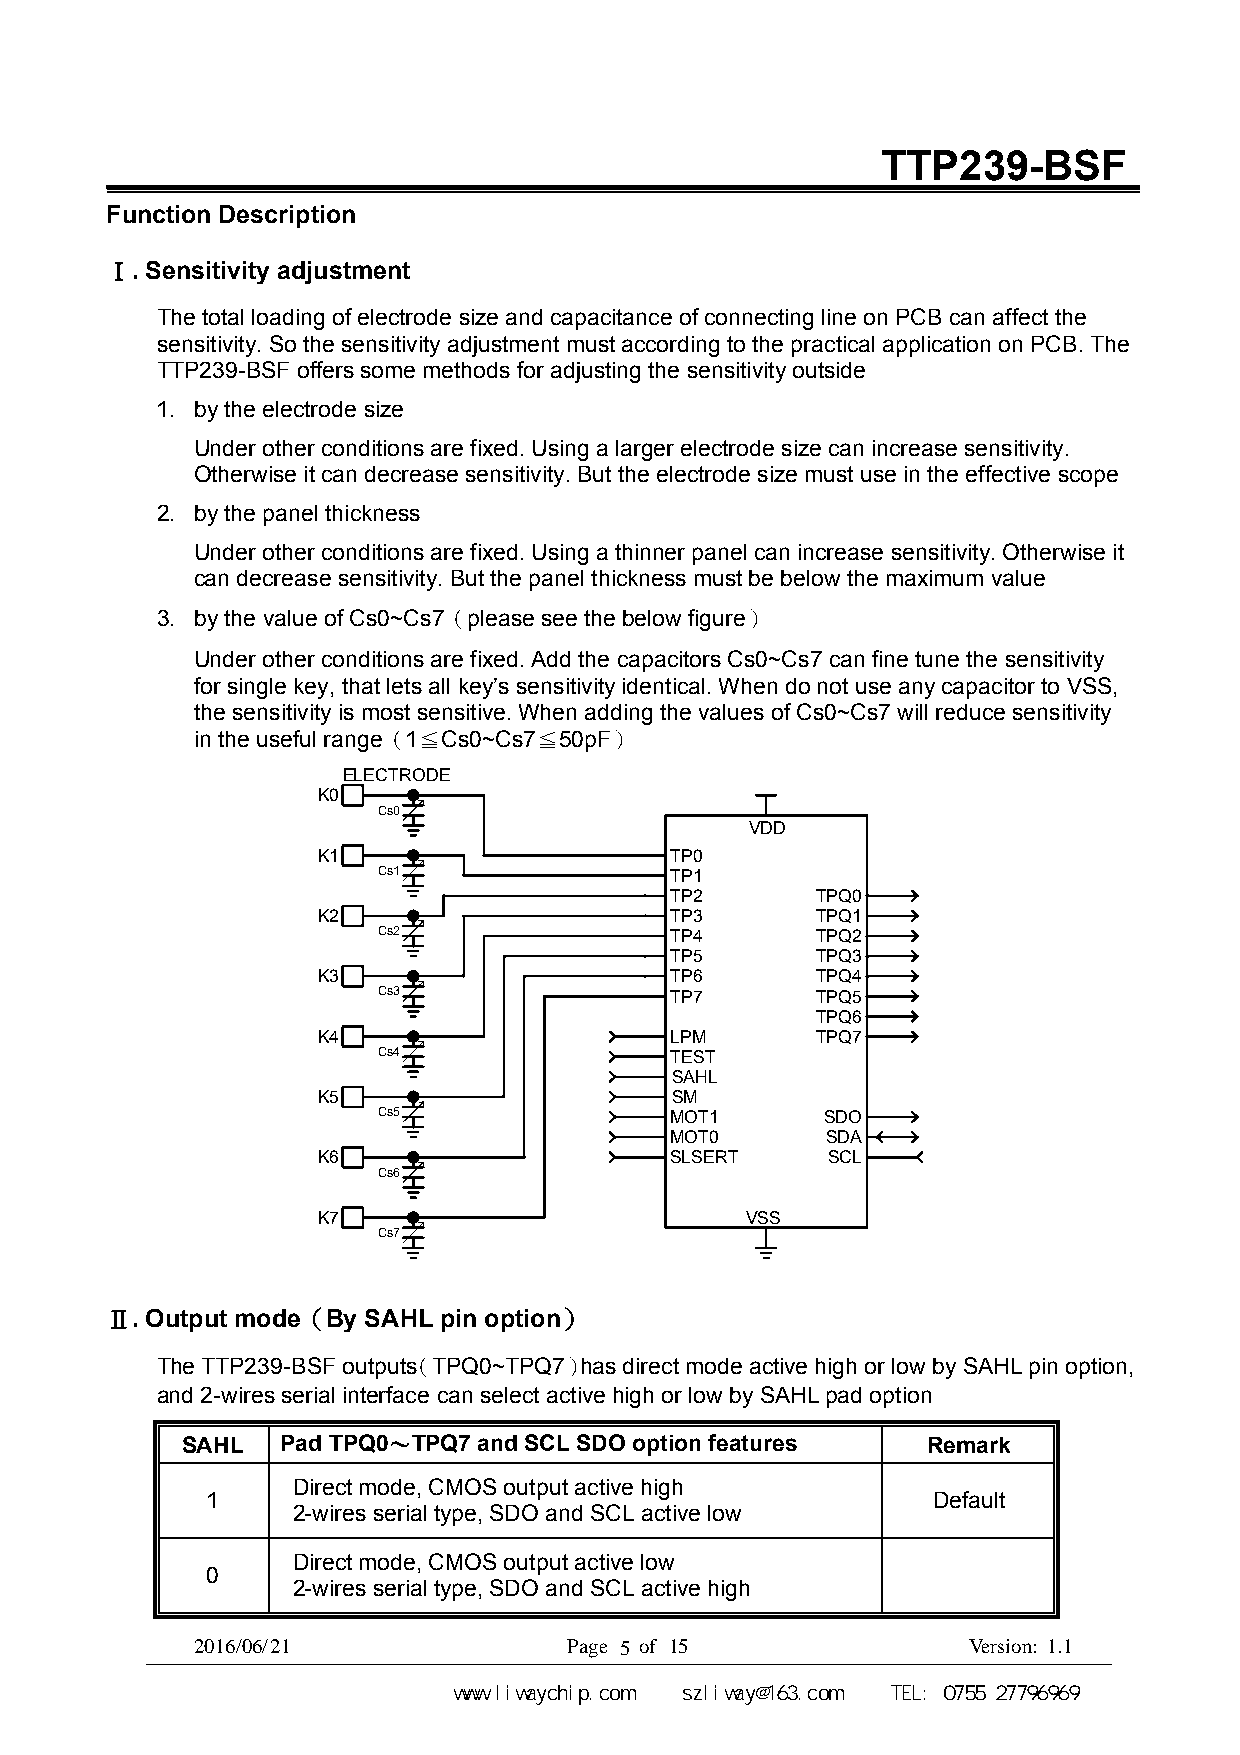
TTP239-BSF
 Function Description
 Ⅰ. Sensitivity adjustment
 The total loading of electrode size and capacitance of connecting line on PCB can affect the
 sensitivity. So the sensitivity adjustment must according to the practical application on PCB. The
 TTP239-BSF offers some methods for adjusting the sensitivity outside
 1. by the electrode size
 Under other conditions are fixed. Using a larger electrode size can increase sensitivity.
 Otherwise it can decrease sensitivity. But the electrode size must use in the effective scope
 2. by the panel thickness
 Under other conditions are fixed. Using a thinner panel can increase sensitivity. Otherwise it
 can decrease sensitivity. But the panel thickness must be below the maximum value
 3. by the value of Cs0~Cs7（please see the below figure）
 Under other conditions are fixed. Add the capacitors Cs0~Cs7 can fine tune the sensitivity
 for single key, that lets all key’s sensitivity identical. When do not use any capacitor to VSS,
 the sensitivity is most sensitive. When adding the values of Cs0~Cs7 will reduce sensitivity
 in the useful range（1≦Cs0~Cs7≦50pF）
 ELECTRODE
 K0
 Cs0
 VDD
 K1                     TP0
 Cs1                TP1
 TP2       TPQ0
 K2                     TP3       TPQ1
 Cs2                TP4       TPQ2
 TP5       TPQ3
 K3                     TP6       TPQ4
 Cs3                TP7       TPQ5
 TPQ6
 K4                     LPM       TPQ7
 Cs4                TEST
 SAHL
 K5                     SM
 Cs5                MOT1       SDO
 MOT0       SDA
 K6                     SLSERT     SCL
 Cs6
 K7                          VSS
 Cs7
 Ⅱ. Output mode（By SAHL pin option）
 The TTP239-BSF outputs（TPQ0~TPQ7）has direct mode active high or low by SAHL pin option,
 and 2-wires serial interface can select active high or low by SAHL pad option
 SAHL   Pad TPQ0～TPQ7 and SCL SDO option features Remark
 Direct mode, CMOS output active high
 1                                               Default
 2-wires serial type, SDO and SCL active low
 Direct mode, CMOS output active low
 0
 2-wires serial type, SDO and SCL active high
 2016/0 6 /2 1            P a g e 5 of 15           V er sion: 1 .1
 深圳市力威微科技有限公司     www.liwaychip.com szliway@163.com TEL: 0755 27796969